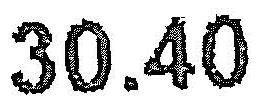
30.40